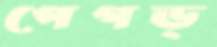
পেগড্